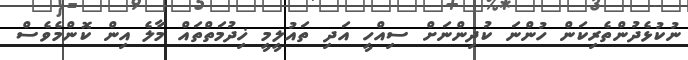
ނުކުޅެދުންތެރިކަން ހުންނަ ކުދިންނަށް ސިއްހީ އަދި ތައުލީމީ ޚިދުމަތްތައް މާލެ އިން ކޮންމެވެސް